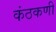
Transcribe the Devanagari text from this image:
कंठकणी